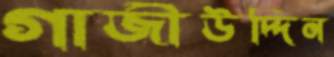
গাজীউদ্দিন